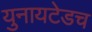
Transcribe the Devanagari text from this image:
युनायटेडच